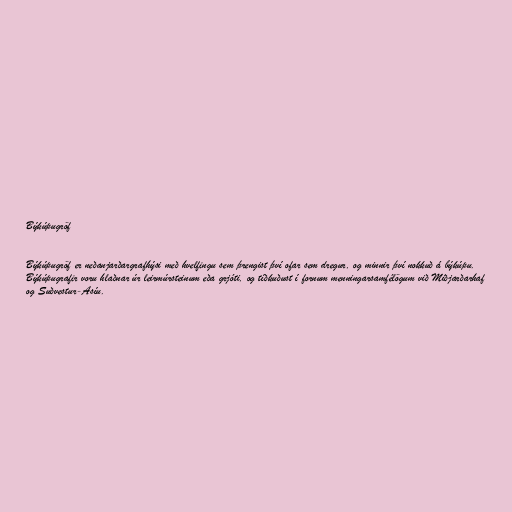
Býkúpugröf

Býkúpugröf er neðanjarðargrafhýsi með hvelfingu sem þrengist því ofar sem dregur, og minnir því nokkuð á býkúpu.
Býkúpugrafir voru hlaðnar úr leirmúrsteinum eða grjóti, og tíðkuðust í fornum menningarsamfélögum við Miðjarðarhaf
og Suðvestur-Asíu.